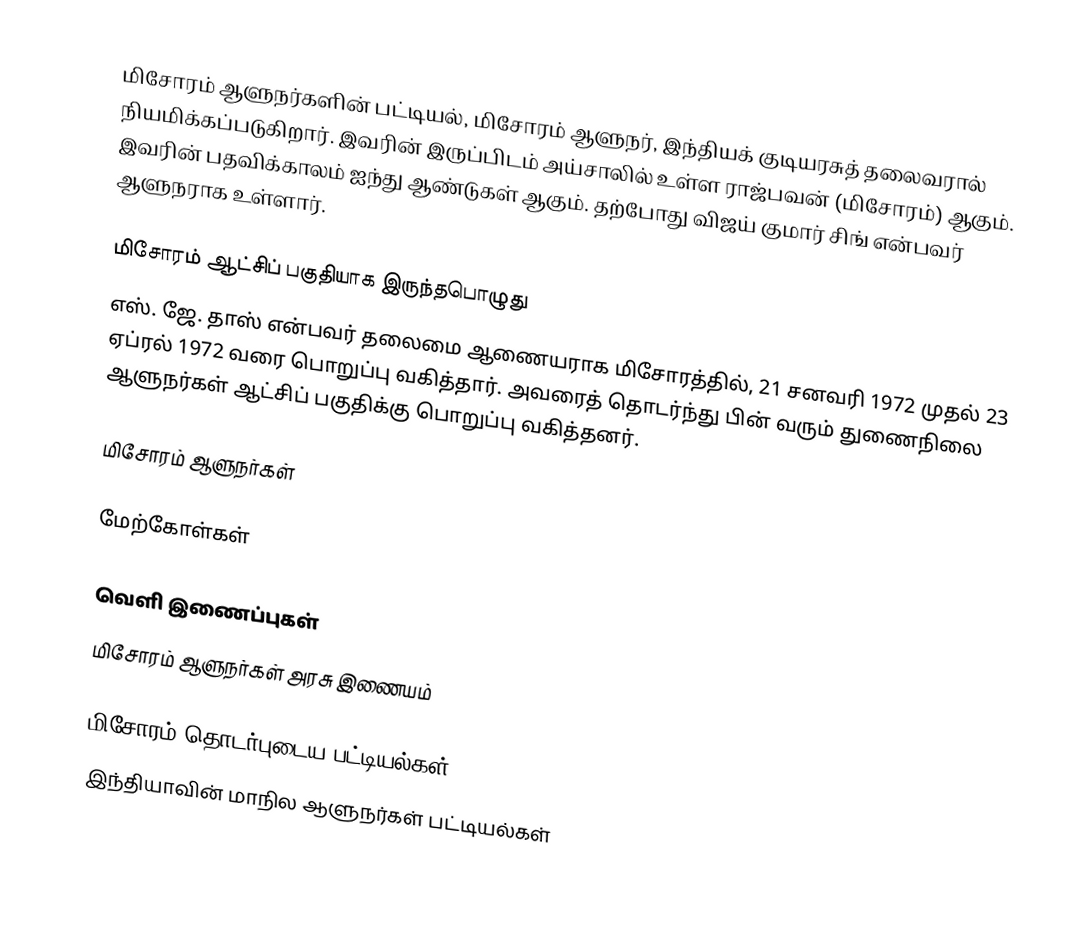
மிசோரம் ஆளுநர்களின் பட்டியல், மிசோரம் ஆளுநர், இந்தியக் குடியரசுத் தலைவரால் நியமிக்கப்படுகிறார். இவரின் இருப்பிடம் அய்சாலில் உள்ள ராஜ்பவன் (மிசோரம்) ஆகும். இவரின் பதவிக்காலம் ஐந்து ஆண்டுகள் ஆகும். தற்போது விஜய் குமார் சிங் என்பவர் ஆளுநராக உள்ளார்.

மிசோரம் ஆட்சிப் பகுதியாக இருந்தபொழுது
எஸ். ஜே. தாஸ் என்பவர் தலைமை ஆணையராக மிசோரத்தில், 21 சனவரி 1972 முதல் 23 ஏப்ரல் 1972 வரை பொறுப்பு வகித்தார். அவரைத் தொடர்ந்து பின் வரும் துணைநிலை ஆளுநர்கள் ஆட்சிப் பகுதிக்கு பொறுப்பு வகித்தனர்.

மிசோரம் ஆளுநர்கள்

மேற்கோள்கள்

வெளி இணைப்புகள்
 மிசோரம் ஆளுநர்கள் அரசு இணையம்

மிசோரம் தொடர்புடைய பட்டியல்கள்
இந்தியாவின் மாநில ஆளுநர்கள் பட்டியல்கள்